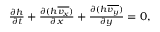
\begin{array} { r } { \frac { \partial h } { \partial t } + \frac { \partial ( h \overline { { v _ { x } } } ) } { \partial x } + \frac { \partial ( h \overline { { v _ { y } } } ) } { \partial y } = 0 , } \end{array}